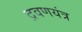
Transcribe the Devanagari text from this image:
द्रवणयंत्र